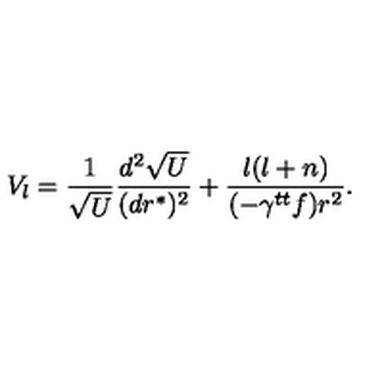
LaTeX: V _ { l } = { \frac { 1 } { \sqrt { U } } } { \frac { d ^ { 2 } \sqrt { U } } { ( d r ^ { * } ) ^ { 2 } } } + { \frac { l ( l + n ) } { ( - \gamma ^ { t t } f ) r ^ { 2 } } } .